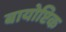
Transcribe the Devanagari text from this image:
बायोप्टिक